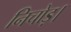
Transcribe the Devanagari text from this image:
निचोड़।